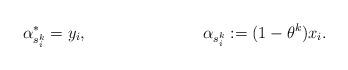
LaTeX: \begin{align*}\alpha_{s^k_i}^*&=y_i, &\alpha_{s_i^k}&:=(1-\theta^k)x_i.\end{align*}